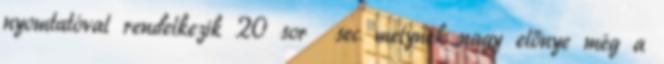
nyomtatóval rendelkezik 20 sor sec melynek nagy előnye még a